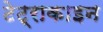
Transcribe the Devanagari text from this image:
टेट्राकाइन